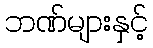
ဘဏ်များနှင့်